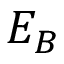
E _ { B }